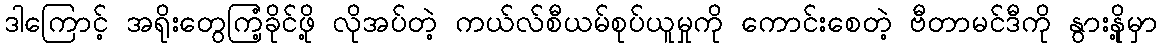
ဒါကြောင့် အရိုးတွေကြံ့ခိုင်ဖို့ လိုအပ်တဲ့ ကယ်လ်စီယမ်စုပ်ယူမှုကို ကောင်းစေတဲ့ ဗီတာမင်ဒီကို နွားနို့မှာ